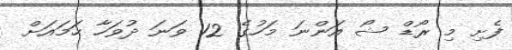
ފެށި މި ރޯޑް ޝޯ އަންނަ މަހުގެ 12 ވަނަ ދުވަހާ ހަމައަށް